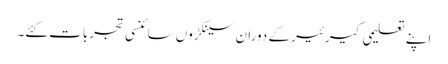
اپنے تعلیمی کیرئیر کے دوران سینکڑوں سائنسی تجربات کئے۔